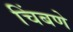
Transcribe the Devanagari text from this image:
चिंबणे